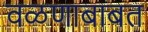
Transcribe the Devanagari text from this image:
वळणाबाबत